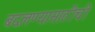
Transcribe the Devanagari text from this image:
बदलण्यासाठीची